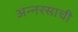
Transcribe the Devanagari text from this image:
अन्नरसाची